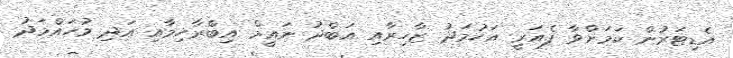
އެޑިޓަރުން ކަމަށްވާ ފެއަރީ އަހުމަދު ޒާހިރާއި އަބްދު ނައީމް އިބްރާހިމާއި އަދި މުހައްމަދު